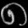
Digit: ၈